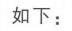
如下：